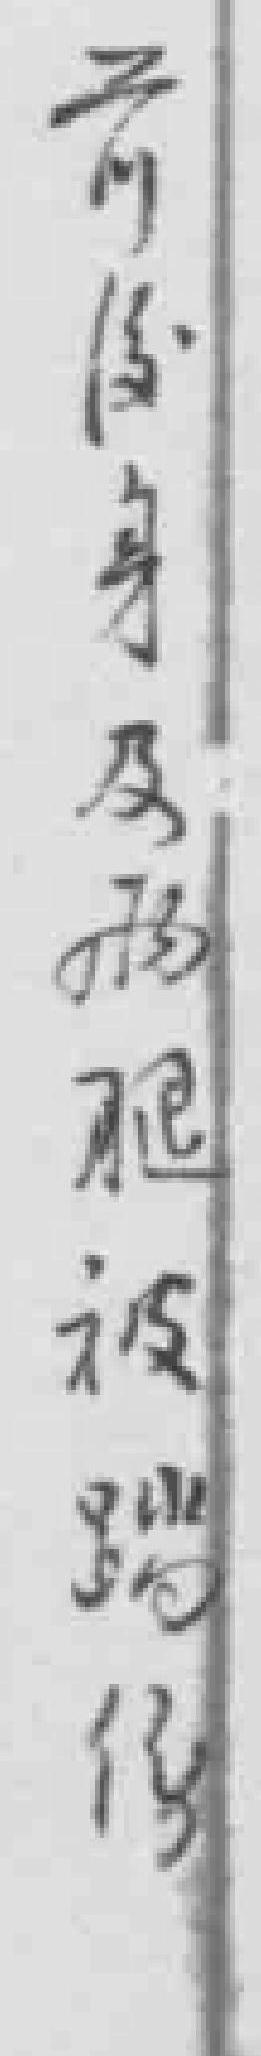
前*身及*腿被踢傷